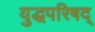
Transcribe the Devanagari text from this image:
युद्धपरिषद्